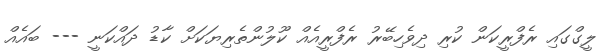
ލީގްގައި ރެފްރީކަން ކުރި ދިވެހިބޭރު ރެފްރީއެއް ކޫލުންތެރިޔަކަށް ކާޑު ދައްކަނީ --- ބައެއް